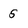
Character: s